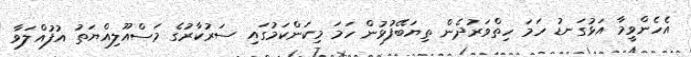
އެހެންވީމާ އަޅުގަނޑު ހަމަ ހިތްވަރުދެން ތިޔަބޭފުޅުން ހަމަ މިކަންކަމުގައި ސަރުކާރުގެ މަސްއޫލިއްޔަތު އުފުއްލަވާ